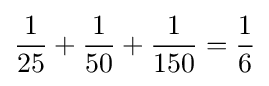
{\frac {1}{25}}+{\frac {1}{50}}+{\frac {1}{150}}={\frac {1}{6}}